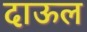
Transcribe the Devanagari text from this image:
दाऊल